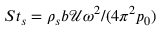
S t _ { s } = { \rho _ { s } b \mathcal { U } \omega ^ { 2 } } / ( 4 \pi ^ { 2 } p _ { 0 } )